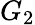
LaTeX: G_{2}